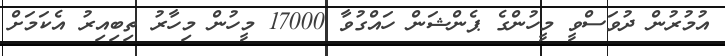
އުމުރުން ދުވަސްވީ މީހުންގެ ޕެންޝަން ހައްގުވާ 17000 މީހުން މިހާރު ތިބިއިރު އެކަމަށް